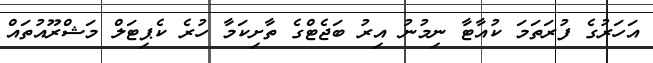
އަހަރުގެ ފުރަތަމަ ކުއާޓާ ނިމުނު އިރު ބަޖެޓްގެ ތާށިކަމާ ހުރެ ކެޕިޓަލް މަޝްރޫއުތައް